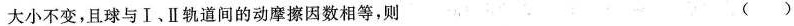
大小不变，且球与Ⅰ、Ⅱ轨道间的动摩擦因数相等，则 ( )